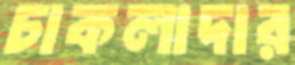
চাকলাদার